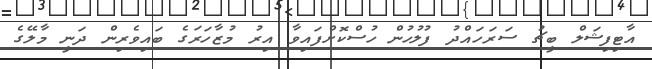
އާޓިފިޝަލް ބީޗު ސަރަހައްދު ފުލުހުން ހުސްކޮށްފައިވާ އިރު މުޒާހަރަގެ ބައިވެރިން ދަނީ މާލޭގެ